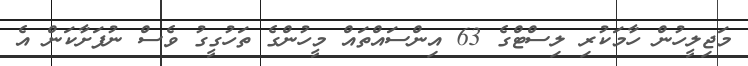
މަޖިލީހުން ހާމަކުރި ލިސްޓްގެ 63 އިންސައްތައް މީހުންގެ ތަހުގީގު ވެސް ނުފަށާކަން އެ